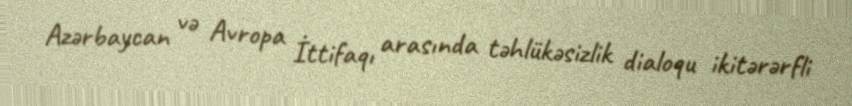
Azərbaycan və Avropa İttifaqı arasında təhlükəsizlik dialoqu ikitərərfli